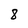
Character: 8